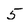
Character: 5